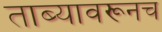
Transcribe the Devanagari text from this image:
ताब्यावरूनच